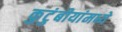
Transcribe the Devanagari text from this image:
कुटुंबीयांमध्ये